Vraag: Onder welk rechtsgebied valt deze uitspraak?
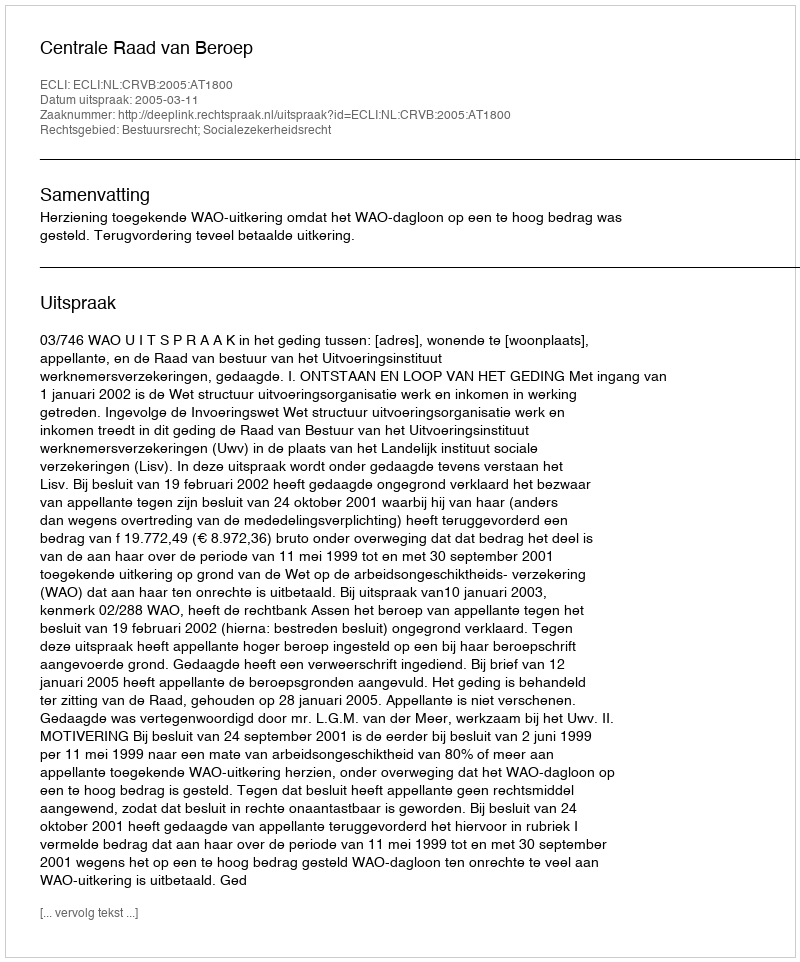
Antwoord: Bestuursrecht; Socialezekerheidsrecht